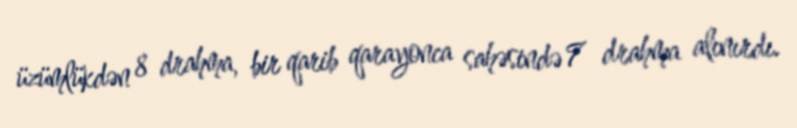
üzümlükdən 8 drahma, bir qarib qarayonca sahəsində 7 drahma alınırdı.